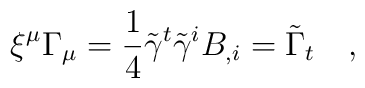
\xi^\mu \Gamma_\mu=\frac 14 \tilde{\gamma}^t \tilde{\gamma}^i B_{,i}=\tilde{\Gamma}_t~~~,